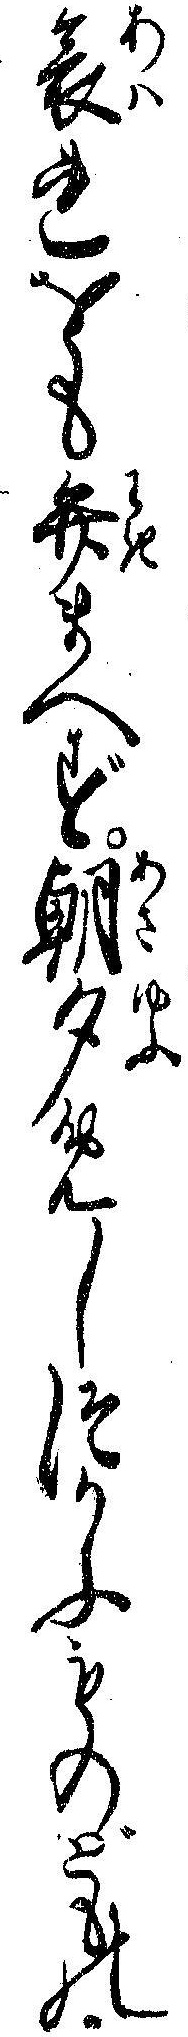
哀れをも弁まへず朝夕めしつかふものどもの